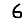
Digit: 6